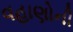
વહાણોની